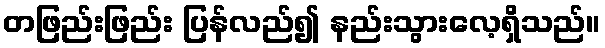
တဖြည်းဖြည်း ပြန်လည်၍ နည်းသွားလေ့ရှိသည်။